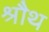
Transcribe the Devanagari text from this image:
श्रौथ